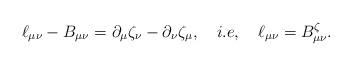
LaTeX: \begin{align*}\ell_{\mu\nu}-B_{\mu\nu} = \partial_\mu \zeta_\nu- \partial_\nu \zeta_\mu ,\quad i.e, \quad \ell_{\mu\nu} = B_{\mu\nu}^{\zeta} .\end{align*}